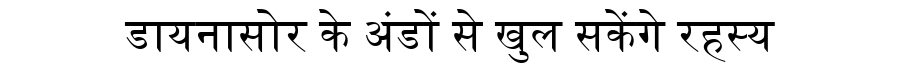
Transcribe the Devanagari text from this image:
डायनासोर के अंडों से खुल सकेंगे रहस्य